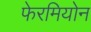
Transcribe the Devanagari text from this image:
फेरमियोन